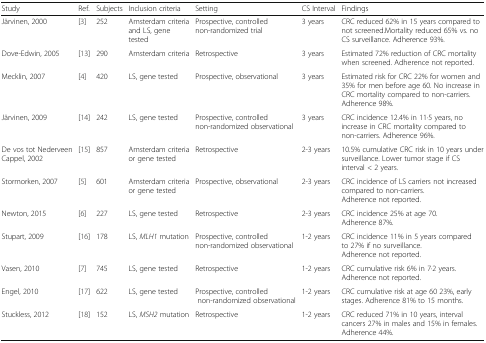
<table><thead><tr><td><b>Study</b></td><td><b>Ref.</b></td><td><b>Subjects</b></td><td><b>Inclusion criteria</b></td><td><b>Setting</b></td><td><b>CS Interval</b></td><td><b>Findings</b></td></tr></thead><tbody><tr><td>Järvinen, 2000</td><td>[3]</td><td>252</td><td>Amsterdam criteria and LS, gene tested</td><td>Prospective, controlled non-randomized trial</td><td>3 years</td><td>CRC reduced 62% in 15 years compared to not screened.Mortality reduced 65% vs. no CS surveillance. Adherence 93%.</td></tr><tr><td>Dove-Edwin, 2005</td><td>[13]</td><td>290</td><td>Amsterdam criteria</td><td>Retrospective</td><td>3 years</td><td>Estimated 72% reduction of CRC mortality when screened. Adherence not reported.</td></tr><tr><td>Mecklin, 2007</td><td>[4]</td><td>420</td><td>LS, gene tested</td><td>Prospective, observational</td><td>3 years</td><td>Estimated risk for CRC 22% for women and 35% for men before age 60. No increase in CRC mortality compared to non-carriers. Adherence 98%.</td></tr><tr><td>Järvinen, 2009</td><td>[14]</td><td>242</td><td>LS, gene tested</td><td>Prospective, controlled non-randomized observational</td><td>3 years</td><td>CRC incidence 12.4% in 11·5 years, no increase in CRC mortality compared to non-carriers. Adherence 96%.</td></tr><tr><td>De vos tot Nederveen Cappel, 2002</td><td>[15]</td><td>857</td><td>Amsterdam criteria or gene tested</td><td>Retrospective</td><td>2-3 years</td><td>10.5% cumulative CRC risk in 10 years under surveillance. Lower tumor stage if CS interval &lt; 2 years.</td></tr><tr><td>Stormorken, 2007</td><td>[5]</td><td>601</td><td>Amsterdam criteria or gene tested</td><td>Prospective, observational</td><td>2-3 years</td><td>CRC incidence of LS carriers not increased compared to non-carriers. Adherence not reported.</td></tr><tr><td>Newton, 2015</td><td>[6]</td><td>227</td><td>LS, gene tested</td><td>Retrospective</td><td>2-3 years</td><td>CRC incidence 25% at age 70. Adherence 87%.</td></tr><tr><td>Stupart, 2009</td><td>[16]</td><td>178</td><td>LS, <i>MLH1</i> mutation</td><td>Prospective, controlled non-randomized observational</td><td>1-2 years</td><td>CRC incidence 11% in 5 years compared to 27% if no surveillance. Adherence not reported.</td></tr><tr><td>Vasen, 2010</td><td>[7]</td><td>745</td><td>LS, gene tested</td><td>Retrospective</td><td>1-2 years</td><td>CRC cumulative risk 6% in 7·2 years. Adherence not reported.</td></tr><tr><td>Engel, 2010</td><td>[17]</td><td>622</td><td>LS, gene tested</td><td>Prospective, controlled non-randomized observational</td><td>1-2 years</td><td>CRC cumulative risk at age 60 23%, early stages. Adherence 81% to 15 months.</td></tr><tr><td>Stuckless, 2012</td><td>[18]</td><td>152</td><td>LS, <i>MSH2</i> mutation</td><td>Retrospective</td><td>1-2 years</td><td>CRC reduced 71% in 10 years, interval cancers 27% in males and 15% in females. Adherence 44%.</td></tr></tbody></table>